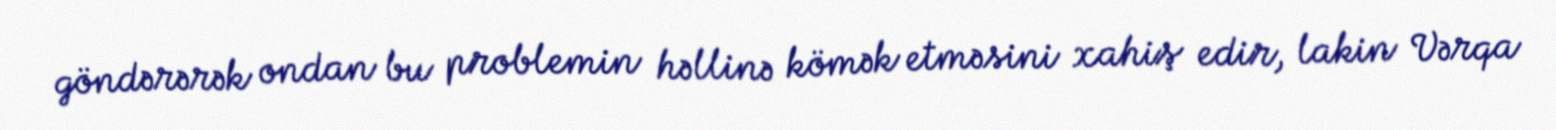
göndərərək ondan bu problemin həllinə kömək etməsini xahiş edir, lakin Vərqa